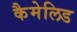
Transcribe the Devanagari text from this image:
कैमेलिड